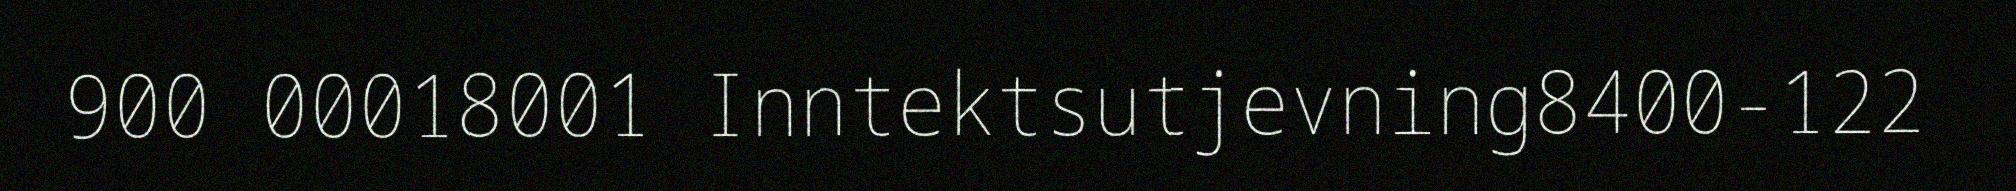
900 00018001 Inntektsutjevning8400-122